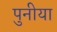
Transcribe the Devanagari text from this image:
पुनीया